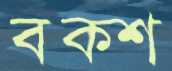
বক্শ